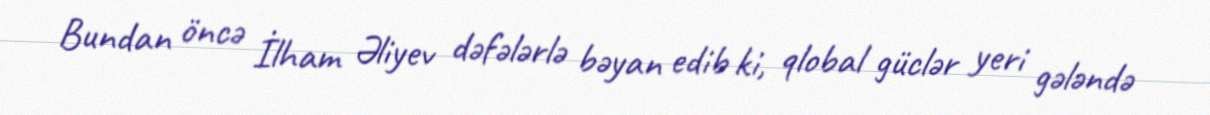
Bundan öncə İlham Əliyev dəfələrlə bəyan edib ki, qlobal güclər yeri gələndə